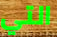
التي